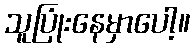
သူပြုံးနေမှာပေါ့။